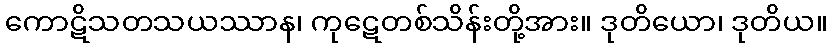
ကောဋိသတသယဿာန၊ ကုဋေတစ်သိန်းတို့အား။ ဒုတိယော၊ ဒုတိယ။